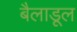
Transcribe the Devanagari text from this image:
बैलाडूल